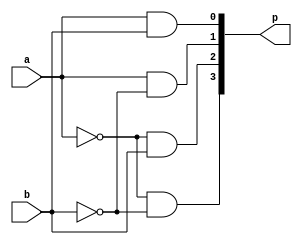
module deco24(a,b,p);
input a,b;
output [3:0]p;
assign p[3]=~a&~b;
assign p[2]=~a&b;
assign p[1]=a&~b;
assign p[0]=a&b;
endmodule